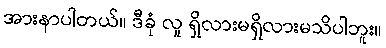
အားနာပါတယ်။ ဒီခုံ လူ ရှိလားမရှိလားမသိပါဘူး။